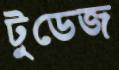
টুডেজ